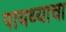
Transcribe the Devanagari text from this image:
पायथ्याचा